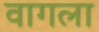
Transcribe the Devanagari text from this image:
वागला